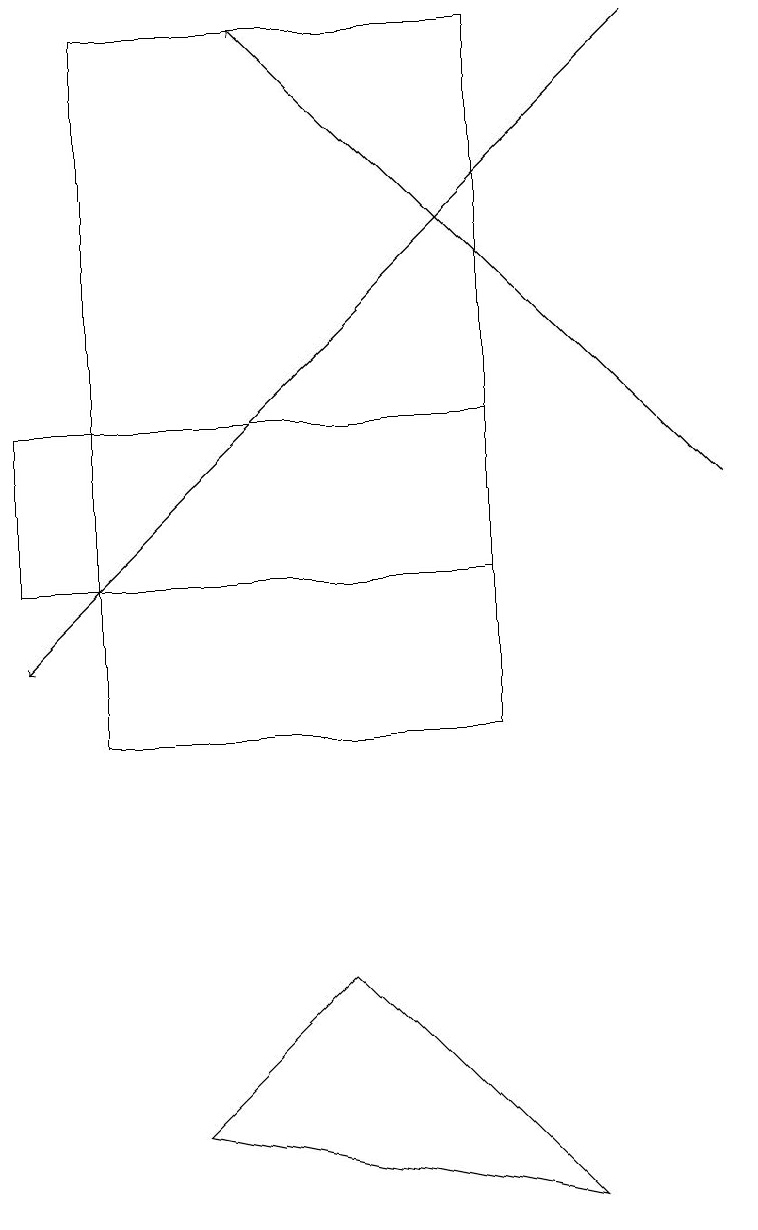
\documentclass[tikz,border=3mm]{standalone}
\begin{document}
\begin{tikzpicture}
\draw[->] (9,13) -- (3,19);
\draw (6,12) rectangle (0,14);
\draw (7,4) -- (4,7) -- (2,5) -- cycle;
\draw[->] (8,19) -- (0,11);
\draw (1,19) rectangle (6,10);
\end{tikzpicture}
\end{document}